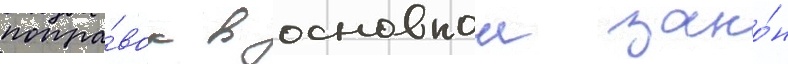
попра́вок в основнои зако́н